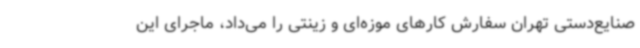
صنایع‌دستی تهران سفارش کارهای موزه‌ای و زینتی را می‌داد، ماجرای این